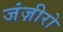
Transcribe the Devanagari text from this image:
जंज़ीरो